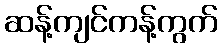
ဆန့်ကျင်ကန့်ကွက်